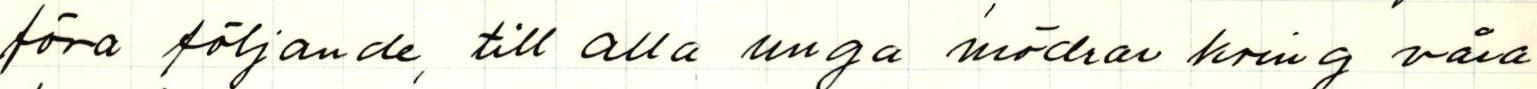
föra följande, till alla unga mödrar kring våra